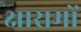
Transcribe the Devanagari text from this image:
क्षारामों